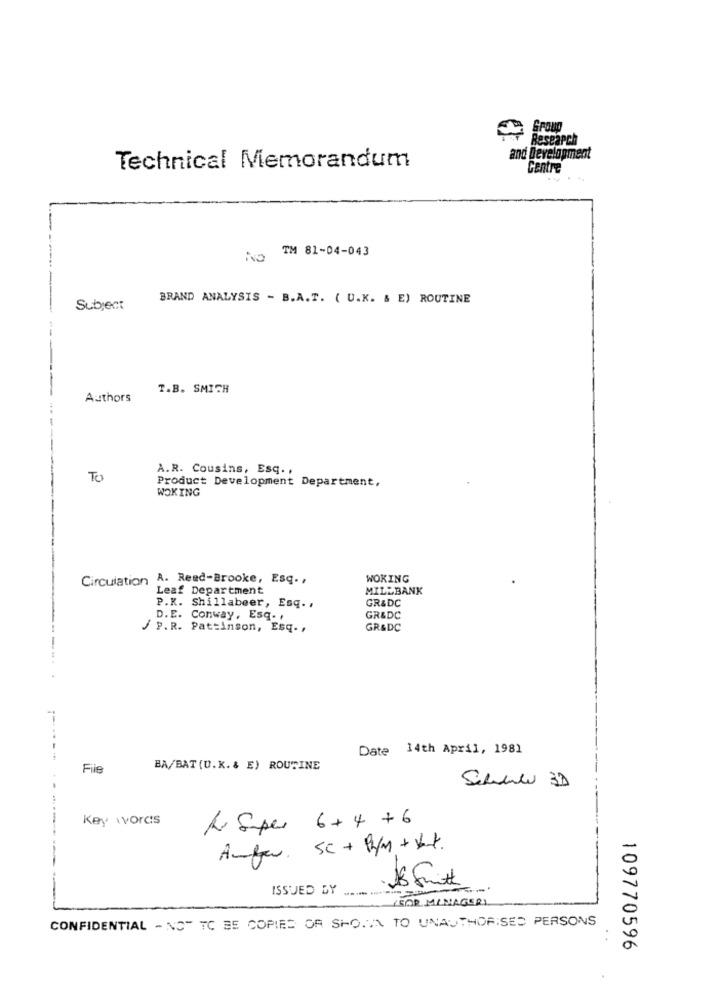
Research
and Development
Technical Memorandum
Centre
NO TM 81-04-043
BRAND ANALYSIS - B.A.T. ( U.K. & E) ROUTINE
Subject
T.B. SMITH
Authors
A.R. Cousins, ESq. ,
TO
Product Development Department,
WOKING
Circulation A. Read-Brooke, Esq. ,
WOKING
Leaf Department
MILLBANK
GR&DC
P.K. Shillabeer, Esq. .
D.E. Conway, Esq.
GR&DC
/ P.R. Pattinson, Esq .,
GR&DC
Date 14th April, 1981
File
BA/BAT (U.K. & E) ROUTINE
Schule 3D
Key words
Ri Sper 6 + 4 + 6
Aufw. Sc + P/M + Vat.
524
ISSUED BY
15OR MINAGERI
CONFIDENTIAL - NOT TO BE COPIES OF SHOWN TO UNAUTHORISED PERSONS
. .
109770596